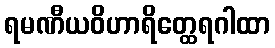
ရမဏီယဝိဟာရိတ္ထေရဂါထာ